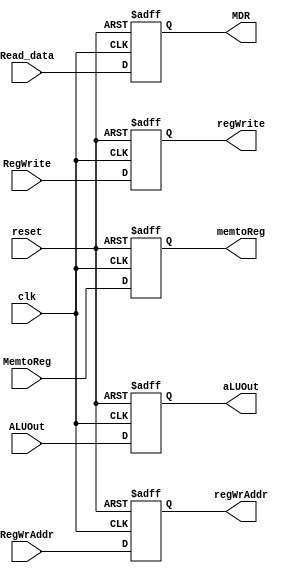
`timescale 1ns/1ps
module MEM_WB(
        input reset, 
        input clk, 
        input [4:0] RegWrAddr, 
        input RegWrite,
        input MemtoReg, 
        input [31:0] Read_data, 
        input [31:0] ALUOut, 
        output reg [31:0] MDR,
        

    output reg [4:0] regWrAddr,
    output reg regWrite,
    output reg memtoReg,
    output reg [31:0] aLUOut
    );

    always @(posedge reset or posedge clk)
    begin
        if(reset)
        begin
            regWrAddr <= 0;
            regWrite <= 0;
            memtoReg <= 0;
            MDR <= 0;
            aLUOut <= 0;
        end
        else begin
            regWrAddr <= RegWrAddr;
            regWrite <= RegWrite;
            memtoReg <= MemtoReg;
            MDR <= Read_data;
            aLUOut <= ALUOut;
        end
    end
endmodule